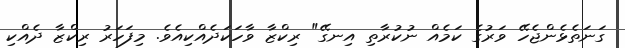
ގަނަތެޅެންޖެހޭ ވަރުގެ ކަމެއް ނުކުރާތި އިނގޭ" ރިކްޒާ ވާހަކަދެއްކިއެވެ. މިފަހަރު ރިކްޒާ ދެއްކި